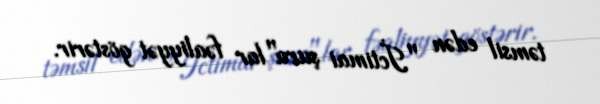
təmsil edən "İctimai şura"lar fəaliyyət göstərir.